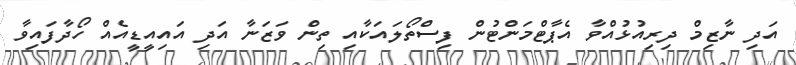
އަދި ނާޒިމް ދިރިއުޅުއްވާ އެޕާޓްމަންޓުން ފިސްތޯލައަކާއި ތިން ވަޒަނާ އަދި އައިއީޑީއެއް ހޯދާފައިވާ